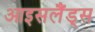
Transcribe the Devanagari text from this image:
आइसलैंड्स